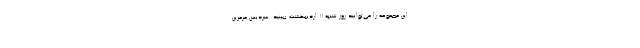
این مجموعه را می‌توانید روز شنبه ۱۱ اردیبهشت ببینید. سردیس مرمرین